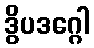
ဒွိပဒဂ္ဂေါ